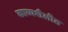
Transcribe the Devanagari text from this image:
काव्यशैलीत